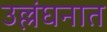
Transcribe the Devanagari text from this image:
उल्लंघनात